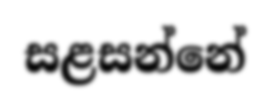
සළසන්නේ